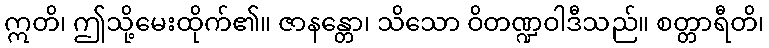
ဣတိ၊ ဤသို့မေးထိုက်၏။ ဇာနန္တော၊ သိသော ဝိတဏ္ဍဝါဒီသည်။ စတ္တာရီတိ၊